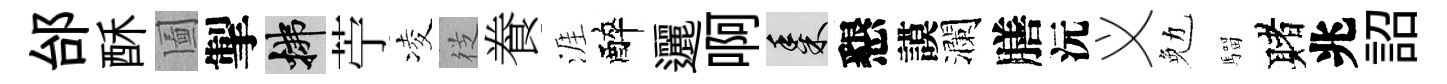
邰酥圗掣拂苧凌徔飬涯醉邐啊黍懇謨瀾膳沅义勉騮赌兆詔